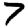
Digit: 7